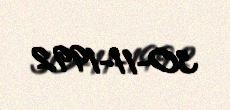
30-11-1992